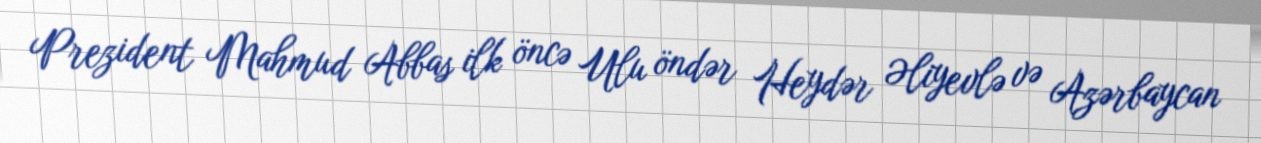
Prezident Mahmud Abbas ilk öncə Ulu öndər Heydər Əliyevlə və Azərbaycan